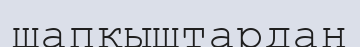
шапқыштардан